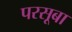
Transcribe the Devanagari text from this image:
परसूबा